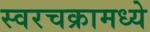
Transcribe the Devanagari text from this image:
स्वरचक्रामध्ये